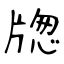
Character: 牎